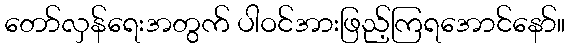
တော်လှန်ရေးအတွက် ပါဝင်အားဖြည့်ကြရအောင်နော်။